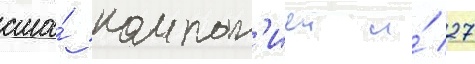
сша́ компан'иеи и́ 27